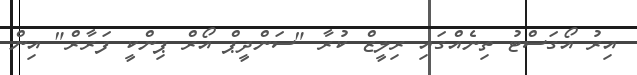
އިރު އޯގަސްޓު ތިނެއްގައި ރިލީޒް ކުރާ "ސަންދީޕް އޯރް ޕިންކީ ފަރާރް" އިން